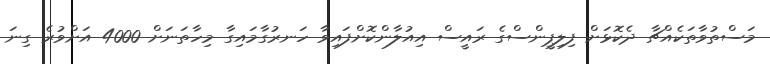
މަސްތުވާތަކެއްޗާ ދެކޮޅަށް ފިލިޕީންސްގެ ރައީސް އިއުލާންކޮށްފައިވާ ހަނރުގާމައިގާ މިހާތަނަށް 4000 އަށްވުރެ ގިނަ